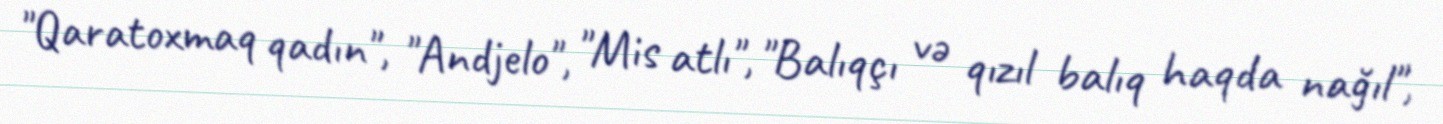
"Qaratoxmaq qadın", "Andjelo", "Mis atlı", "Balıqçı və qızıl balıq haqda nağıl",